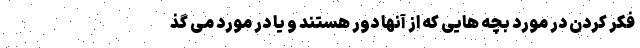
فکر کردن در مورد بچه هایی که از آنها دور هستند و یا در مورد می گذ